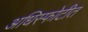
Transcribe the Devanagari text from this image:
अधिस्फोटीत